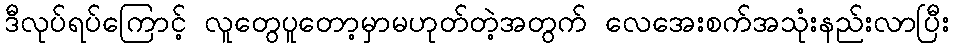
ဒီလုပ်ရပ်ကြောင့် လူတွေပူတော့မှာမဟုတ်တဲ့အတွက် လေအေးစက်အသုံးနည်းလာပြီး